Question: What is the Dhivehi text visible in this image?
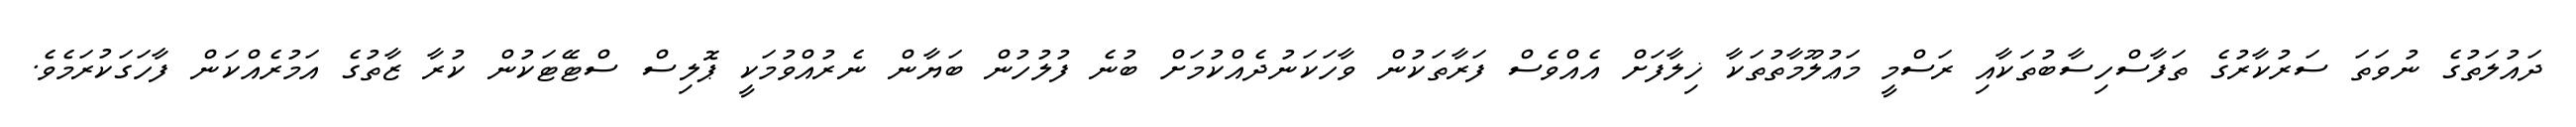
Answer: ދައުލަތުގެ ނުވަތަ ސަރުކާރުގެ ތަފާސްހިސާބުތަކާއި ރަސްމީ މަޢުލޫމާތުތަކާ ޚިލާފަށް އެއްވެސް ފަރާތަކުން ވާހަކަނުދެއްކުމަށް ބުނެ ފުލުހުން ބަޔާން ނެރުއްވުމަކީ ޕޮލިސް ސްޓޭޓަކުން ކުރާ ޒާތުގެ އަމުރެއްކަން ފާހަގަކުރަމެވެ.